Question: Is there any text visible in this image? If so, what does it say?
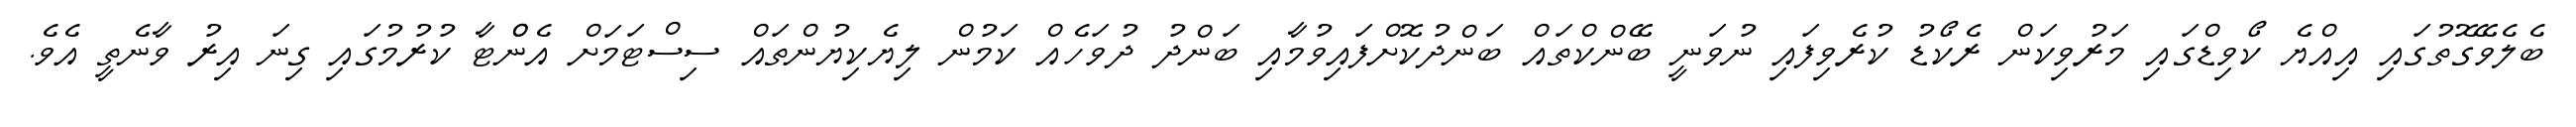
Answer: ބެލެވޭގޮތުގައި އިއްޔެ ކޯވިޑްގައި މަރުވިކަން ރެކޯޑު ކުރެވިފައި ނުވަނީ ބޭންކްތައް ބަންދުކޮށްފައިވުމާއި ބަންދު ދުވަހެއް ކަމުން ލިޔެކިޔުންތައް ސިސްޓަމަށް އެންްޓާ ކުރުމުގައި ގިނަ އިރު ވާނެތީ އެވެ.